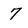
Character: 7